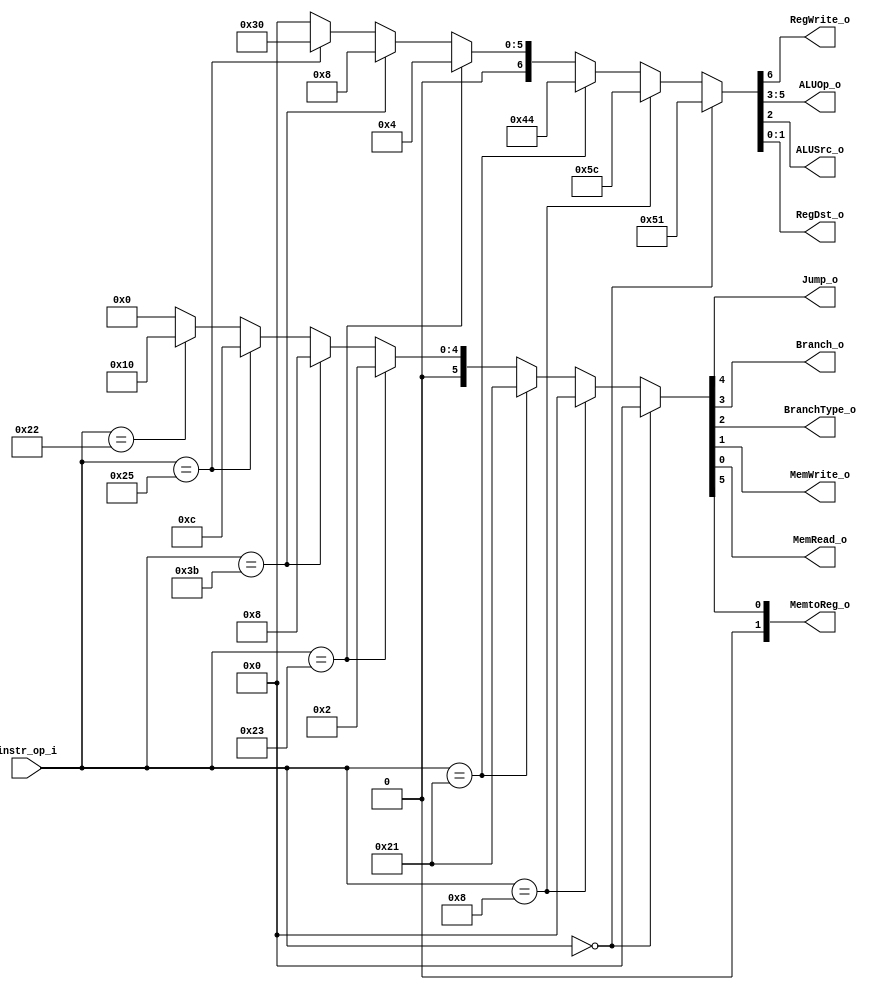
module Decoder( instr_op_i, RegWrite_o,	ALUOp_o, ALUSrc_o, RegDst_o, Jump_o, Branch_o, BranchType_o, MemWrite_o, MemRead_o, MemtoReg_o);
     
//I/O ports
input	[6-1:0] instr_op_i;

output			RegWrite_o;
output	[3-1:0] ALUOp_o;
output			ALUSrc_o;
output	[2-1:0]	RegDst_o, MemtoReg_o;
output			Jump_o, Branch_o, BranchType_o, MemWrite_o, MemRead_o;
 
//Internal Signals
wire	[3-1:0] ALUOp_o;
wire			ALUSrc_o;
wire			RegWrite_o;
wire	[2-1:0]	RegDst_o, MemtoReg_o;
wire			Jump_o, Branch_o, BranchType_o, MemWrite_o, MemRead_o;
//Main function
/*your code here*/

assign {RegWrite_o, ALUOp_o, ALUSrc_o, RegDst_o} = 
             (instr_op_i == 6'b000000) ? {1'b1, 3'b010, 1'b0, 2'b01} : // R-type
             (instr_op_i == 6'b001000) ? {1'b1, 3'b011, 1'b1, 2'b00} : // addi
             (instr_op_i == 6'b100001) ? {1'b1, 3'b000, 1'b1, 2'b00} : // lw
             (instr_op_i == 6'b100011) ? {1'b0, 3'b000, 1'b1, 2'b00} : // sw
             (instr_op_i == 6'b111011) ? {1'b0, 3'b001, 1'b0, 2'b00} : // beq
             (instr_op_i == 6'b100101) ? {1'b0, 3'b110, 1'b0, 2'b00} : // bne
             (instr_op_i == 6'b100010) ? {1'b0, 3'b000, 1'b0, 2'b00} : // jump
             0 ;
assign {MemtoReg_o, Jump_o, Branch_o, BranchType_o, MemWrite_o, MemRead_o} = 
             (instr_op_i == 6'b000000) ? {2'b00, 1'b0, 1'b0, 1'b0, 1'b0, 1'b0} : // R
             (instr_op_i == 6'b001000) ? {2'b00, 1'b0, 1'b0, 1'b0, 1'b0, 1'b0} : // addi
             (instr_op_i == 6'b100001) ? {2'b01, 1'b0, 1'b0, 1'b0, 1'b0, 1'b1} : // lw
             (instr_op_i == 6'b100011) ? {2'b00, 1'b0, 1'b0, 1'b0, 1'b1, 1'b0} : // sw
             (instr_op_i == 6'b111011) ? {2'b00, 1'b0, 1'b1, 1'b0, 1'b0, 1'b0} : // beq
             (instr_op_i == 6'b100101) ? {2'b00, 1'b0, 1'b1, 1'b1, 1'b0, 1'b0} : // bne
             (instr_op_i == 6'b100010) ? {2'b00, 1'b1, 1'b0, 1'b0, 1'b0, 1'b0} : // jump
             0 ;
endmodule